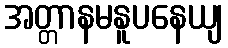
အတ္တာနမနူပနေယျ